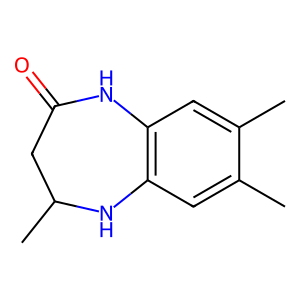
SMILES: Cc1cc2c(cc1C)NC(C)CC(=O)N2
Inhibits HIV replication: No